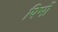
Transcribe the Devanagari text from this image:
पिर्भो